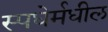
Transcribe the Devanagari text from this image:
स्पधेर्मधील